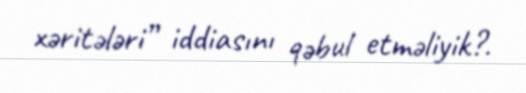
xəritələri” iddiasını qəbul etməliyik?.